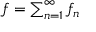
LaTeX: \textstyle f = \sum _ { n = 1 } ^ { \infty } f _ { n }